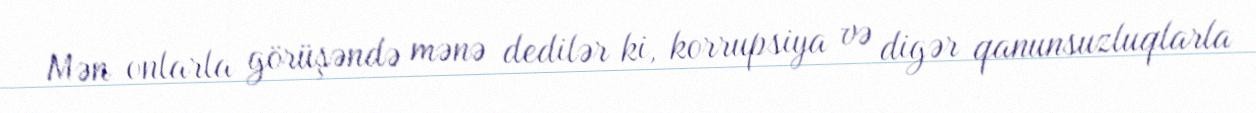
Mən onlarla görüşəndə mənə dedilər ki, korrupsiya və digər qanunsuzluqlarla